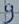
Text: 9